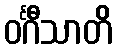
ဝင်္ဂီသာတိ